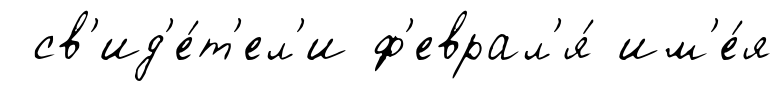
св'ид'е́т'ел'и ф'еврал'я́ им'е́я